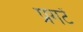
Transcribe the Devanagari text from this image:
प्रगटें